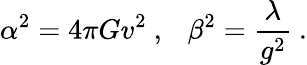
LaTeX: \alpha^{2}=4\pi Gv^{2}\ ,\ \ \ \beta^{2}=\frac{\lambda}{g^{2}}\ .